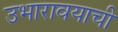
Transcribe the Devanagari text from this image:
उभारावयाची